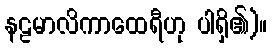
နဠမာလိကာထေရီဟု ပါရှိ၏)။